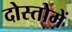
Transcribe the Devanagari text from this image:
दोस्तोमें